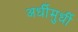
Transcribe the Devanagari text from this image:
अर्धीमुर्धी